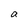
Character: a